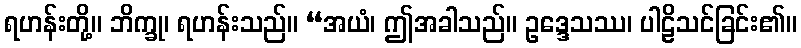
ရဟန်းတို့။ ဘိက္ခု၊ ရဟန်းသည်။ “အယံ၊ ဤအခါသည်။ ဥဒ္ဒေသဿ၊ ပါဠိသင်ခြင်း၏။